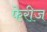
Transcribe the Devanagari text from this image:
फेरीज